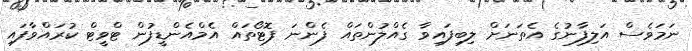
ނަމަވެސް އަލިފާނުގެ އެތަނަށް ލިބިފައިވާ ގެއްލުންތައް ފެންނަ ފޮޓޯތައް އެމްއެންޑީފުން ޓްވީޓް ކުރައްވާފައި